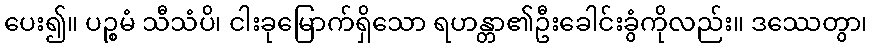
ပေး၍။ ပဉ္စမံ သီသံပိ၊ ငါးခုမြောက်ရှိသော ရဟန္တာ၏ဦးခေါင်းခွံကိုလည်း။ ဒဿေတွာ၊